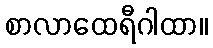
စာလာထေရီဂါထာ။